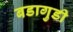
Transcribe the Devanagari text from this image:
बडागुडी